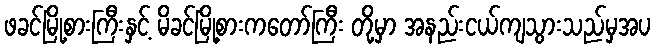
ဖခင်မြို့စားကြီးနှင့် မိခင်မြို့စားကတော်ကြီး တို့မှာ အနည်းငယ်ကျသွားသည်မှအပ